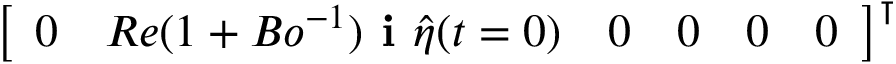
\left[ \begin{array} { l l l l l l } { 0 } & { R e ( 1 + B o ^ { - 1 } ) \textbf { i } \hat { \eta } ( t = 0 ) } & { 0 } & { 0 } & { 0 } & { 0 } \end{array} \right] ^ { \intercal }